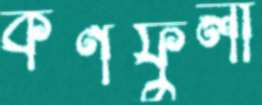
কর্ণফুলী